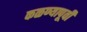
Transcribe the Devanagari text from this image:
कळण्यापूर्वी